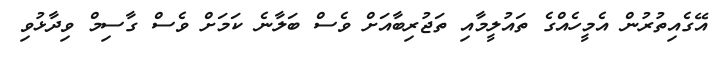
އޭގެއިތުރުން އެމީހެއްގެ ތައުލީމާއި ތަޖުރިބާއަށް ވެސް ބަލާނެ ކަމަށް ވެސް ގާސިމް ވިދާޅުވި